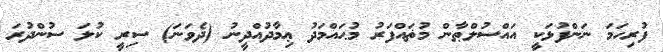
ފުރިހަމަ ނަންފުޅަކީ އައްސުލްޠާން މުޡައްފަރު މުޙައްމަދު ޢިމާދުއްދީނު (ދެވަނަ) ސިރީ ކުލަ ސުންދުރަ